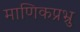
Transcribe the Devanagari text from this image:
माणिकप्रभ्रु